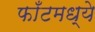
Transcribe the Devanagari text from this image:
फाँटमध्ये